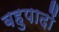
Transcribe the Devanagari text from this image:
बहुपादों